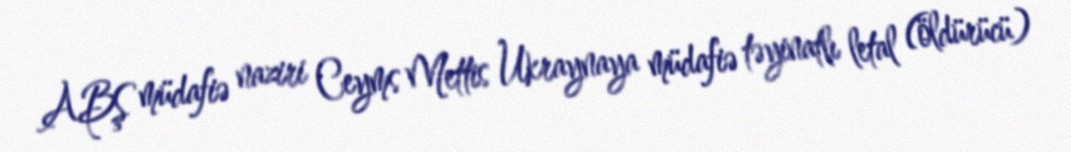
ABŞ müdafiə naziri Ceyms Mettis Ukraynaya müdafiə təyinatlı letal (öldürücü)